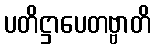
ပတိဋ္ဌာပေတဗ္ဗာတိ